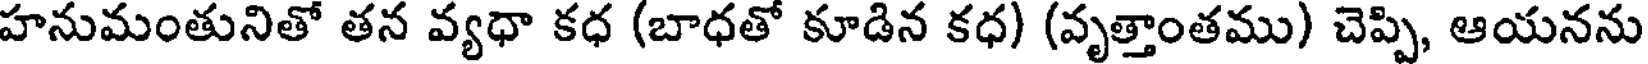
హనుమంతునితో తన వ్యధా కధ (బాధతో కూడిన కధ) (వృత్తాంతము) చెప్పి, ఆయనను